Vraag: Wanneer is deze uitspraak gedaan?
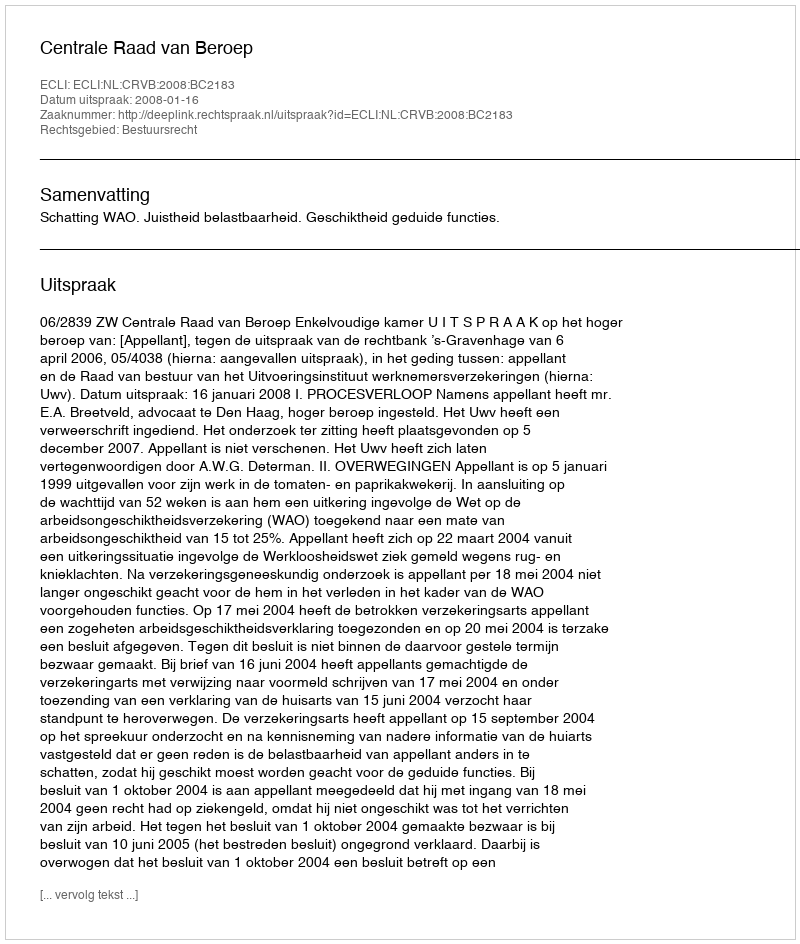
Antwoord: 2008-01-16